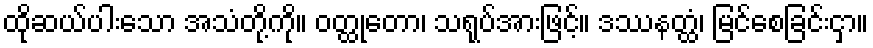
ထိုဆယ်ပါးသော အသံတို့ကို။ ဝတ္ထုတော၊ သရုပ်အားဖြင့်။ ဒဿနတ္ထံ၊ မြင်စေခြင်းငှာ။